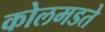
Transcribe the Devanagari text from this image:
कोलमडते